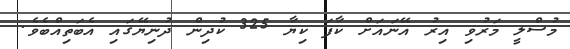
މުސްލީ މަރުވި އިރު އޭނައަށް ކާފަ ކިޔާ 325 ކުދިން ދުނިޔޭގައި އެބަތިއްބެވެ.